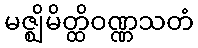
မဇ္ဈိမိတ္ထိဝဏ္ဏသတံ